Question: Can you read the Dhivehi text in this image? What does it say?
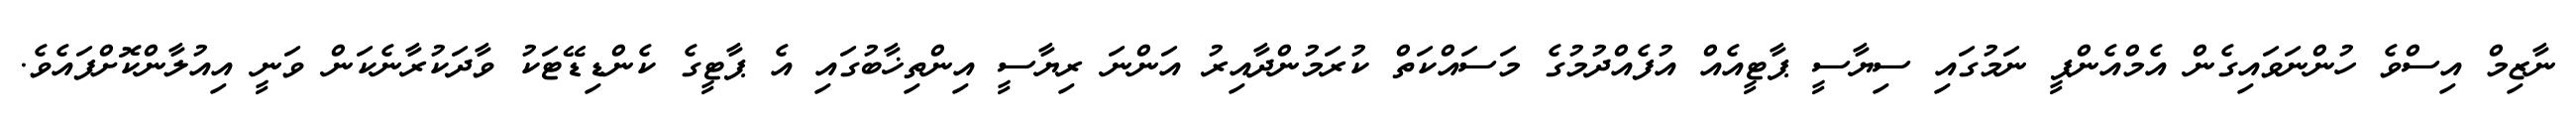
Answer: ނާޒިމް އިސްވެ ހުންނަވައިގެން އެމްއެންޕީ ނަމުގައި ސިޔާސީ ޕާޓީއެއް އުފެއްދުމުގެ މަސައްކަތް ކުރަމުންދާއިރު އަންނަ ރިޔާސީ އިންތިޚާބުގައި އެ ޕާޓީގެ ކެންޑިޑޭޓަކު ވާދަކުރާނެކަން ވަނީ އިއުލާންކޮށްފައެވެ.